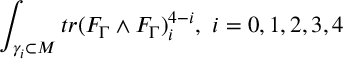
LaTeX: \int _ { \gamma _ { i } \subset M } t r ( F _ { \Gamma } \wedge F _ { \Gamma } ) _ { i } ^ { 4 - i } , \, \, i = 0 , 1 , 2 , 3 , 4